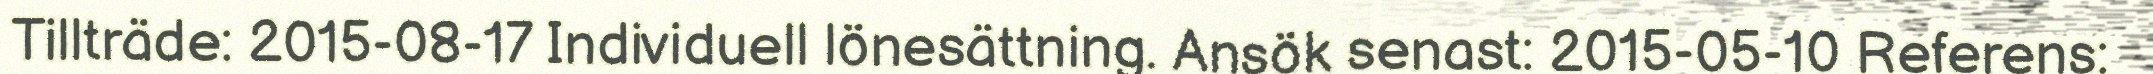
Tillträde: 2015-08-17 Individuell lönesättning. Ansök senast: 2015-05-10 Referens: